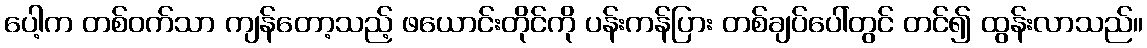
ပေါ့က တစ်ဝက်သာ ကျန်တော့သည့် ဖယောင်းတိုင်ကို ပန်းကန်ပြား တစ်ချပ်ပေါ်တွင် တင်၍ ထွန်းလာသည်။